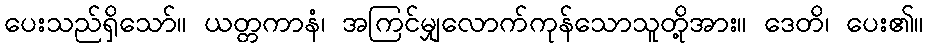
ပေးသည်ရှိသော်။ ယတ္တကာနံ၊ အကြင်မျှလောက်ကုန်သောသူတို့အား။ ဒေတိ၊ ပေး၏။